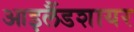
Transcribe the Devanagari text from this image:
आइलैंडशायर